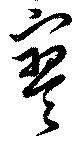
寥